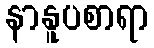
နာနူပစာရာ